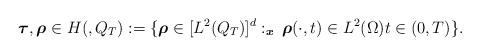
LaTeX: \begin{align*} \boldsymbol{\tau}, \boldsymbol{\rho} \in H(,Q_T) := \{\boldsymbol{\rho} \in [L^2(Q_T)]^d : _{\boldsymbol{x}} \, \boldsymbol{\rho}(\cdot,t) \in L^2(\Omega) t \in (0,T)\}.\end{align*}